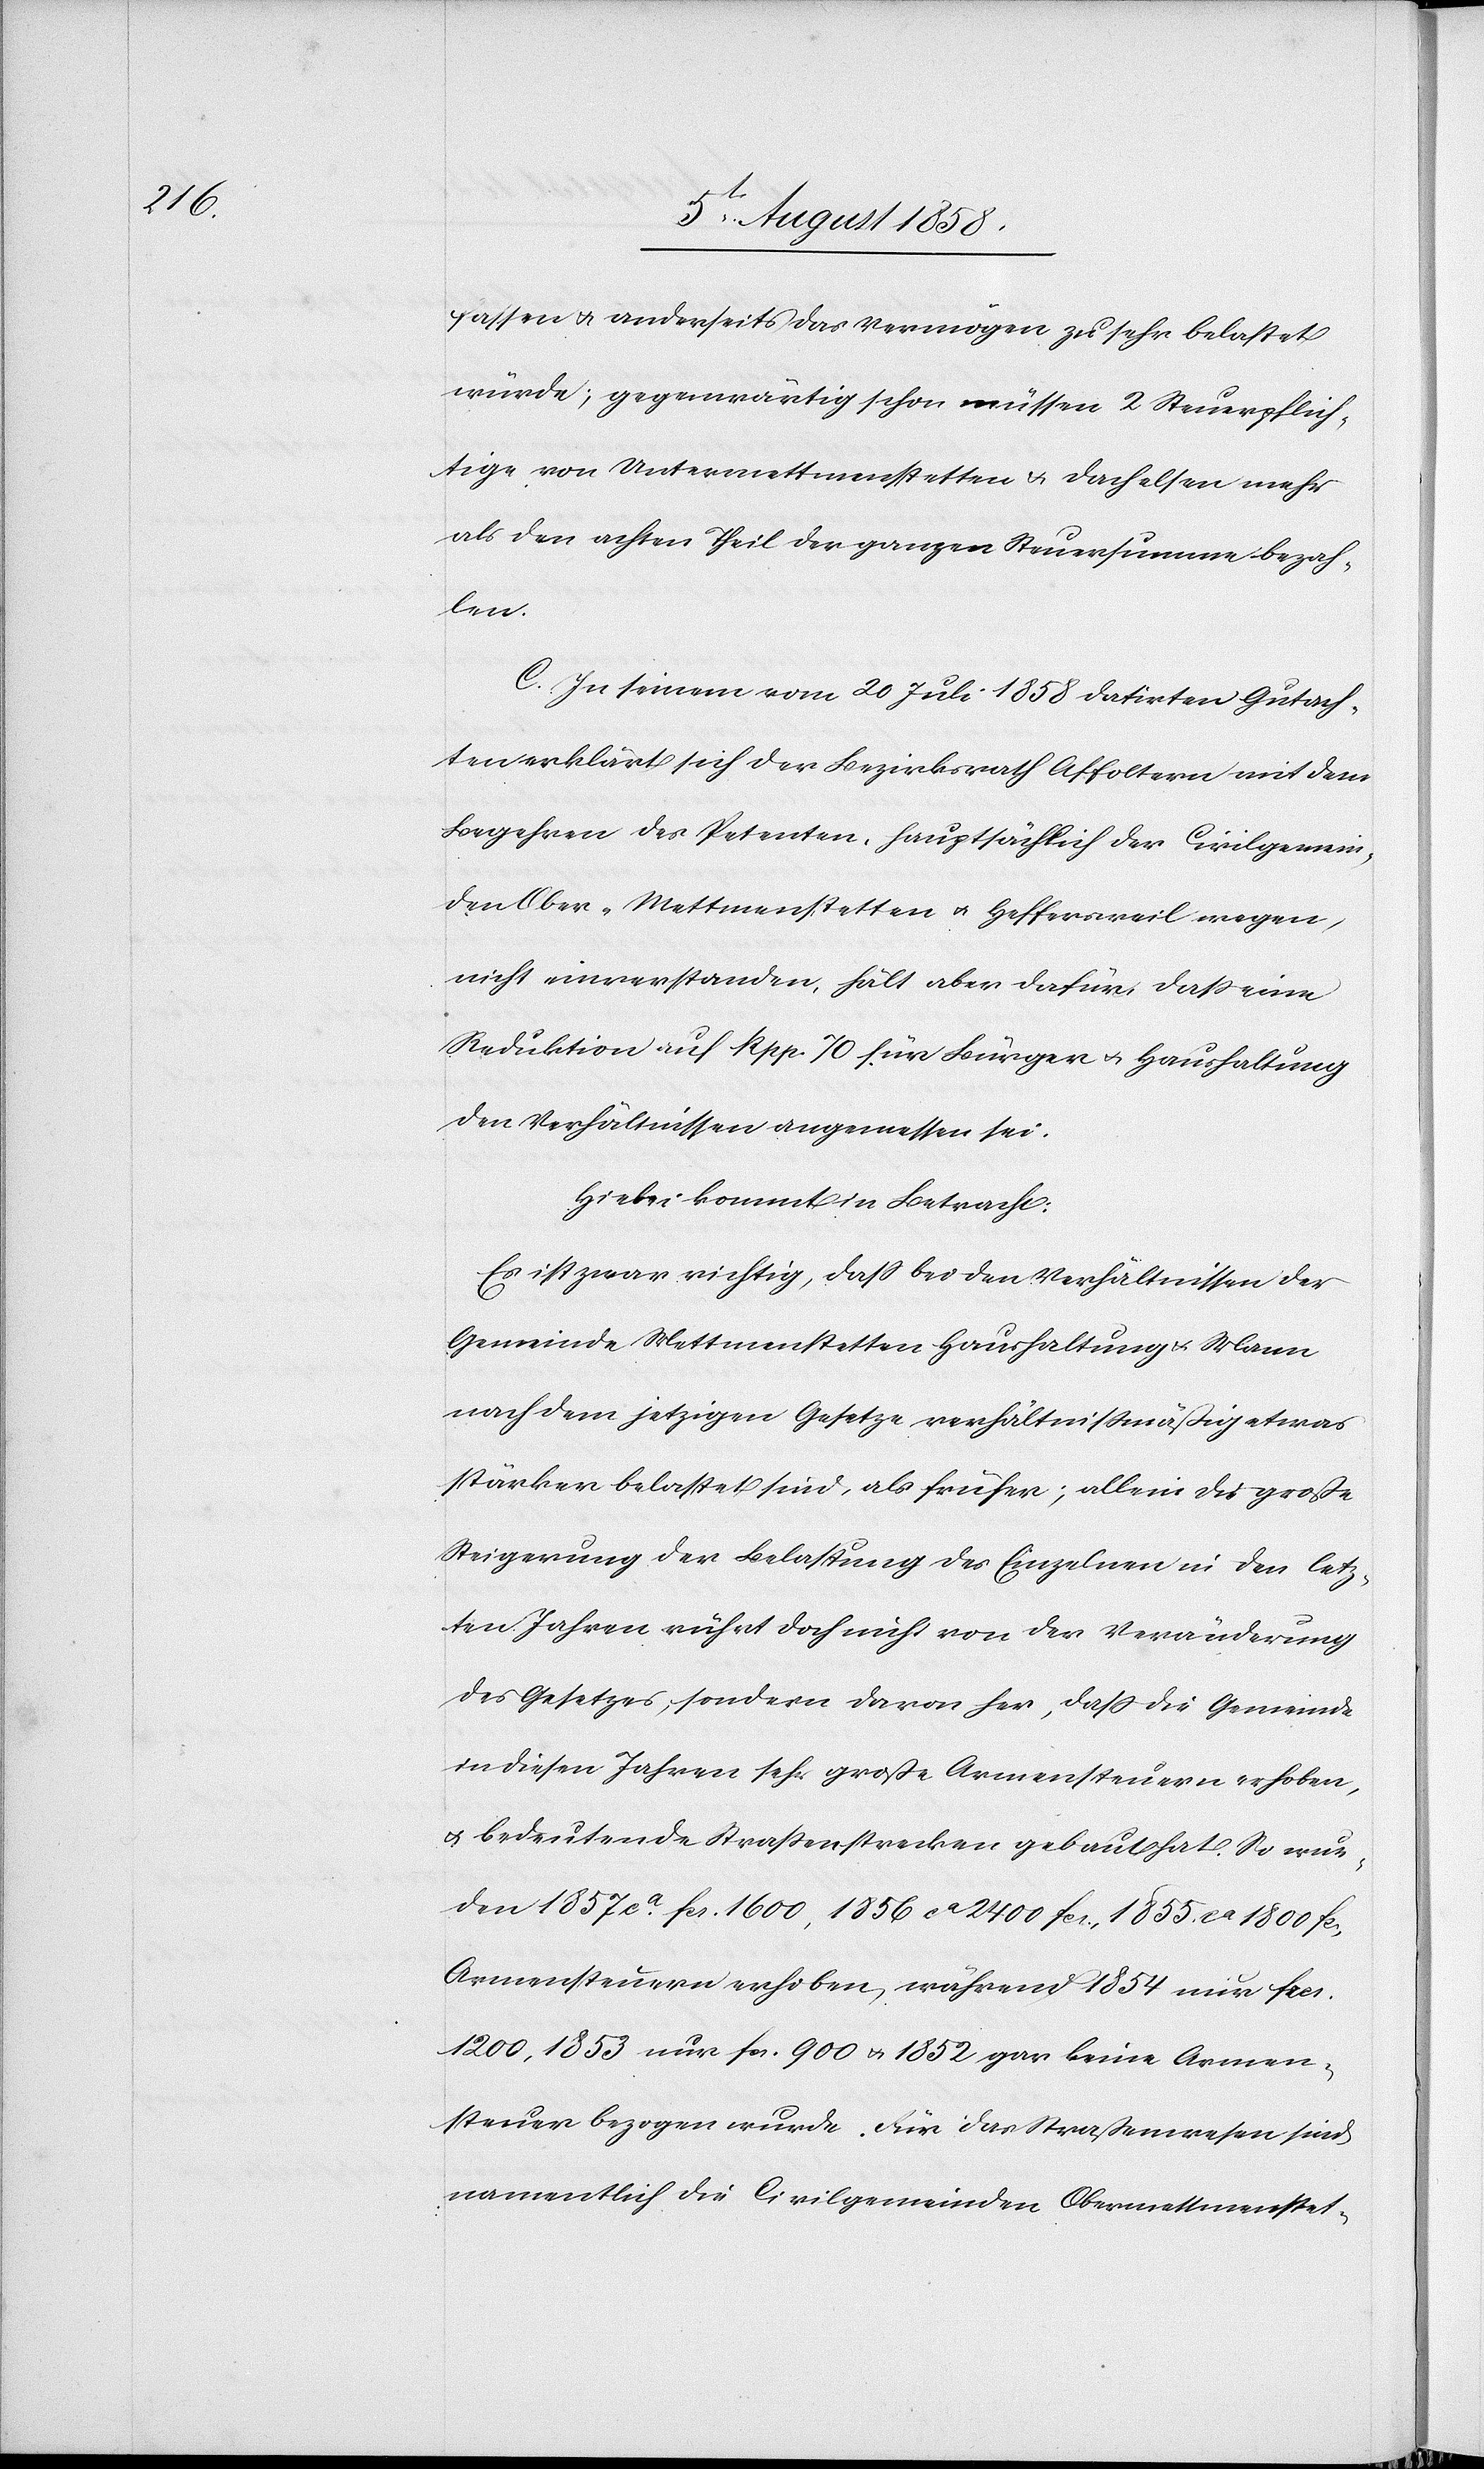
fassen & anderseits das Vermögen zu sehr belastet
würde; gegenwärtig schon müssen 2 Steuerpflich¬
tige von Untermettmenstetten & Dachelsen mehr
als den achten Theil der ganzen Steuersumme bezah¬
len.
C. In seinem vom 20 Juli 1858 datirten Gutach¬
ten erklärt sich der Bezirksrath Affoltern mit dem
Begehren des Petenten, hauptsächlich der Civilgemein¬
den Ober-Mettmenstetten & Heffersweil wegen,
nicht einverstanden, hält aber dafür, dass eine
Reduktion auf Rpp. 70 für Bürger & Haushaltung
den Verhältnissen angemessen sei.
Hiebei kommt in Betracht:
Es ist zwar richtig, dass bei den Verhältnissen der
Gemeinde Mettmenstetten Haushaltung & Mann
nach dem jetzigen Gesetze verhältnissmäßig etwas
stärker belastet sind, als früher; allein die große
Steigerung der Belastung des Einzelnen in den letz¬
ten Jahren rührt doch nicht von der Veränderung
des Gesetzes, sondern davon her, dass die Gemeinde
in diesen Jahren sehr große Armensteuern erhoben,
& bedeutende Strassenstrecken gebaut hat. So wur¬
den 1857 ca. fcs. 1600, 1856 ca 2400 fcs., 1855 ca 1800 fcs
Armensteuern erhoben, während 1854 nur frcs.
1200, 1853 nur fcs. 900 & 1852 gar keine Armen¬
steuer bezogen wurde. Für das Straßenwesen sind
namentlich die Civilgemeinden Obermettmenstet-